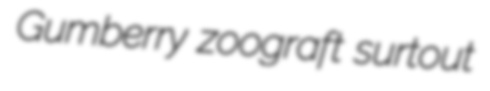
Gumberry zoograft surtout